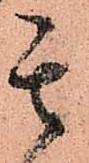
其